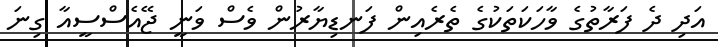
އަދި ދެ ފަރާތުގެ ވާހަކަތަކުގެ ތެރެއިން ފަނޑިޔާރުން ވެސް ވަނީ ޖޭއެސްސީއާ ގިނަ